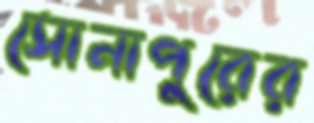
সোনাপুরের